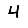
Digit: 4